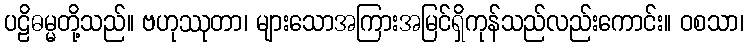
ပဠိဓမ္မတို့သည်။ ဗဟုဿုတာ၊ များသောအကြားအမြင်ရှိကုန်သည်လည်းကောင်း။ ဝစသာ၊